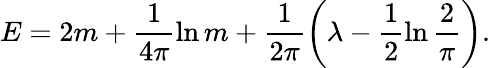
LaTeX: E=2m+\frac{1}{4\pi}\ln m+\frac{1}{2\pi}\left(\lambda-\frac{1}{2}\ln\frac{2}{\pi}\right).